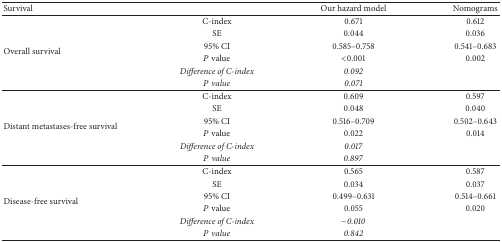
<table><thead><tr><td><b>Survival</b></td><td><b> </b></td><td><b>Our hazard model</b></td><td><b>Nomograms</b></td></tr></thead><tbody><tr><td rowspan="6">Overall survival</td><td>C-index</td><td>0.671</td><td>0.612</td></tr><tr><td>SE</td><td>0.044</td><td>0.036</td></tr><tr><td>95% CI</td><td>0.585–0.758</td><td>0.541–0.683</td></tr><tr><td><i>P</i> value</td><td>&lt;0.001</td><td>0.002</td></tr><tr><td><i>Difference of C-index</i></td><td><i>0.092</i></td><td> </td></tr><tr><td><i>P value</i></td><td><i>0.071</i></td><td> </td></tr><tr><td rowspan="6">Distant metastases-free survival</td><td>C-index</td><td>0.609</td><td>0.597</td></tr><tr><td>SE</td><td>0.048</td><td>0.040</td></tr><tr><td>95% CI</td><td>0.516–0.709</td><td>0.502–0.643</td></tr><tr><td><i>P</i> value</td><td>0.022</td><td>0.014</td></tr><tr><td><i>Difference of C-index</i></td><td><i>0.017</i></td><td> </td></tr><tr><td><i>P value</i></td><td><i>0.897</i></td><td> </td></tr><tr><td rowspan="6">Disease-free survival</td><td>C-index</td><td>0.565</td><td>0.587</td></tr><tr><td>SE</td><td>0.034</td><td>0.037</td></tr><tr><td>95% CI</td><td>0.499–0.631</td><td>0.514–0.661</td></tr><tr><td><i>P</i> value</td><td>0.055</td><td>0.020</td></tr><tr><td><i>Difference of C-index</i></td><td><i>−0.010</i></td><td> </td></tr><tr><td><i>P value</i></td><td><i>0.842</i></td><td> </td></tr></tbody></table>